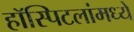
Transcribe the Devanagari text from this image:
हॉस्पिटलांमध्ये